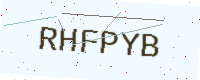
Text: RHFPYB